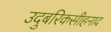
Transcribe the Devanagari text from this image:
उदुबरिकसीहनाद